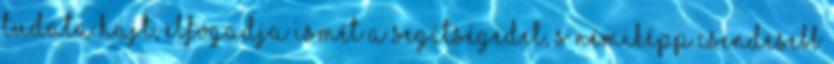
tudata hajt, elfogadja ismét a segítségedet, s némiképp csendesebb